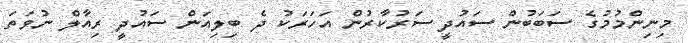
މިނިންމުމުގެ ސަބަބުން ސައުދީ ސަރުކާރުން އަހަރަކު ދެ ބިލިއަން ސައުދީ ރިއާލް ނުވަތަ